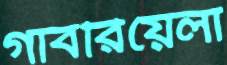
গাবরিয়েলা